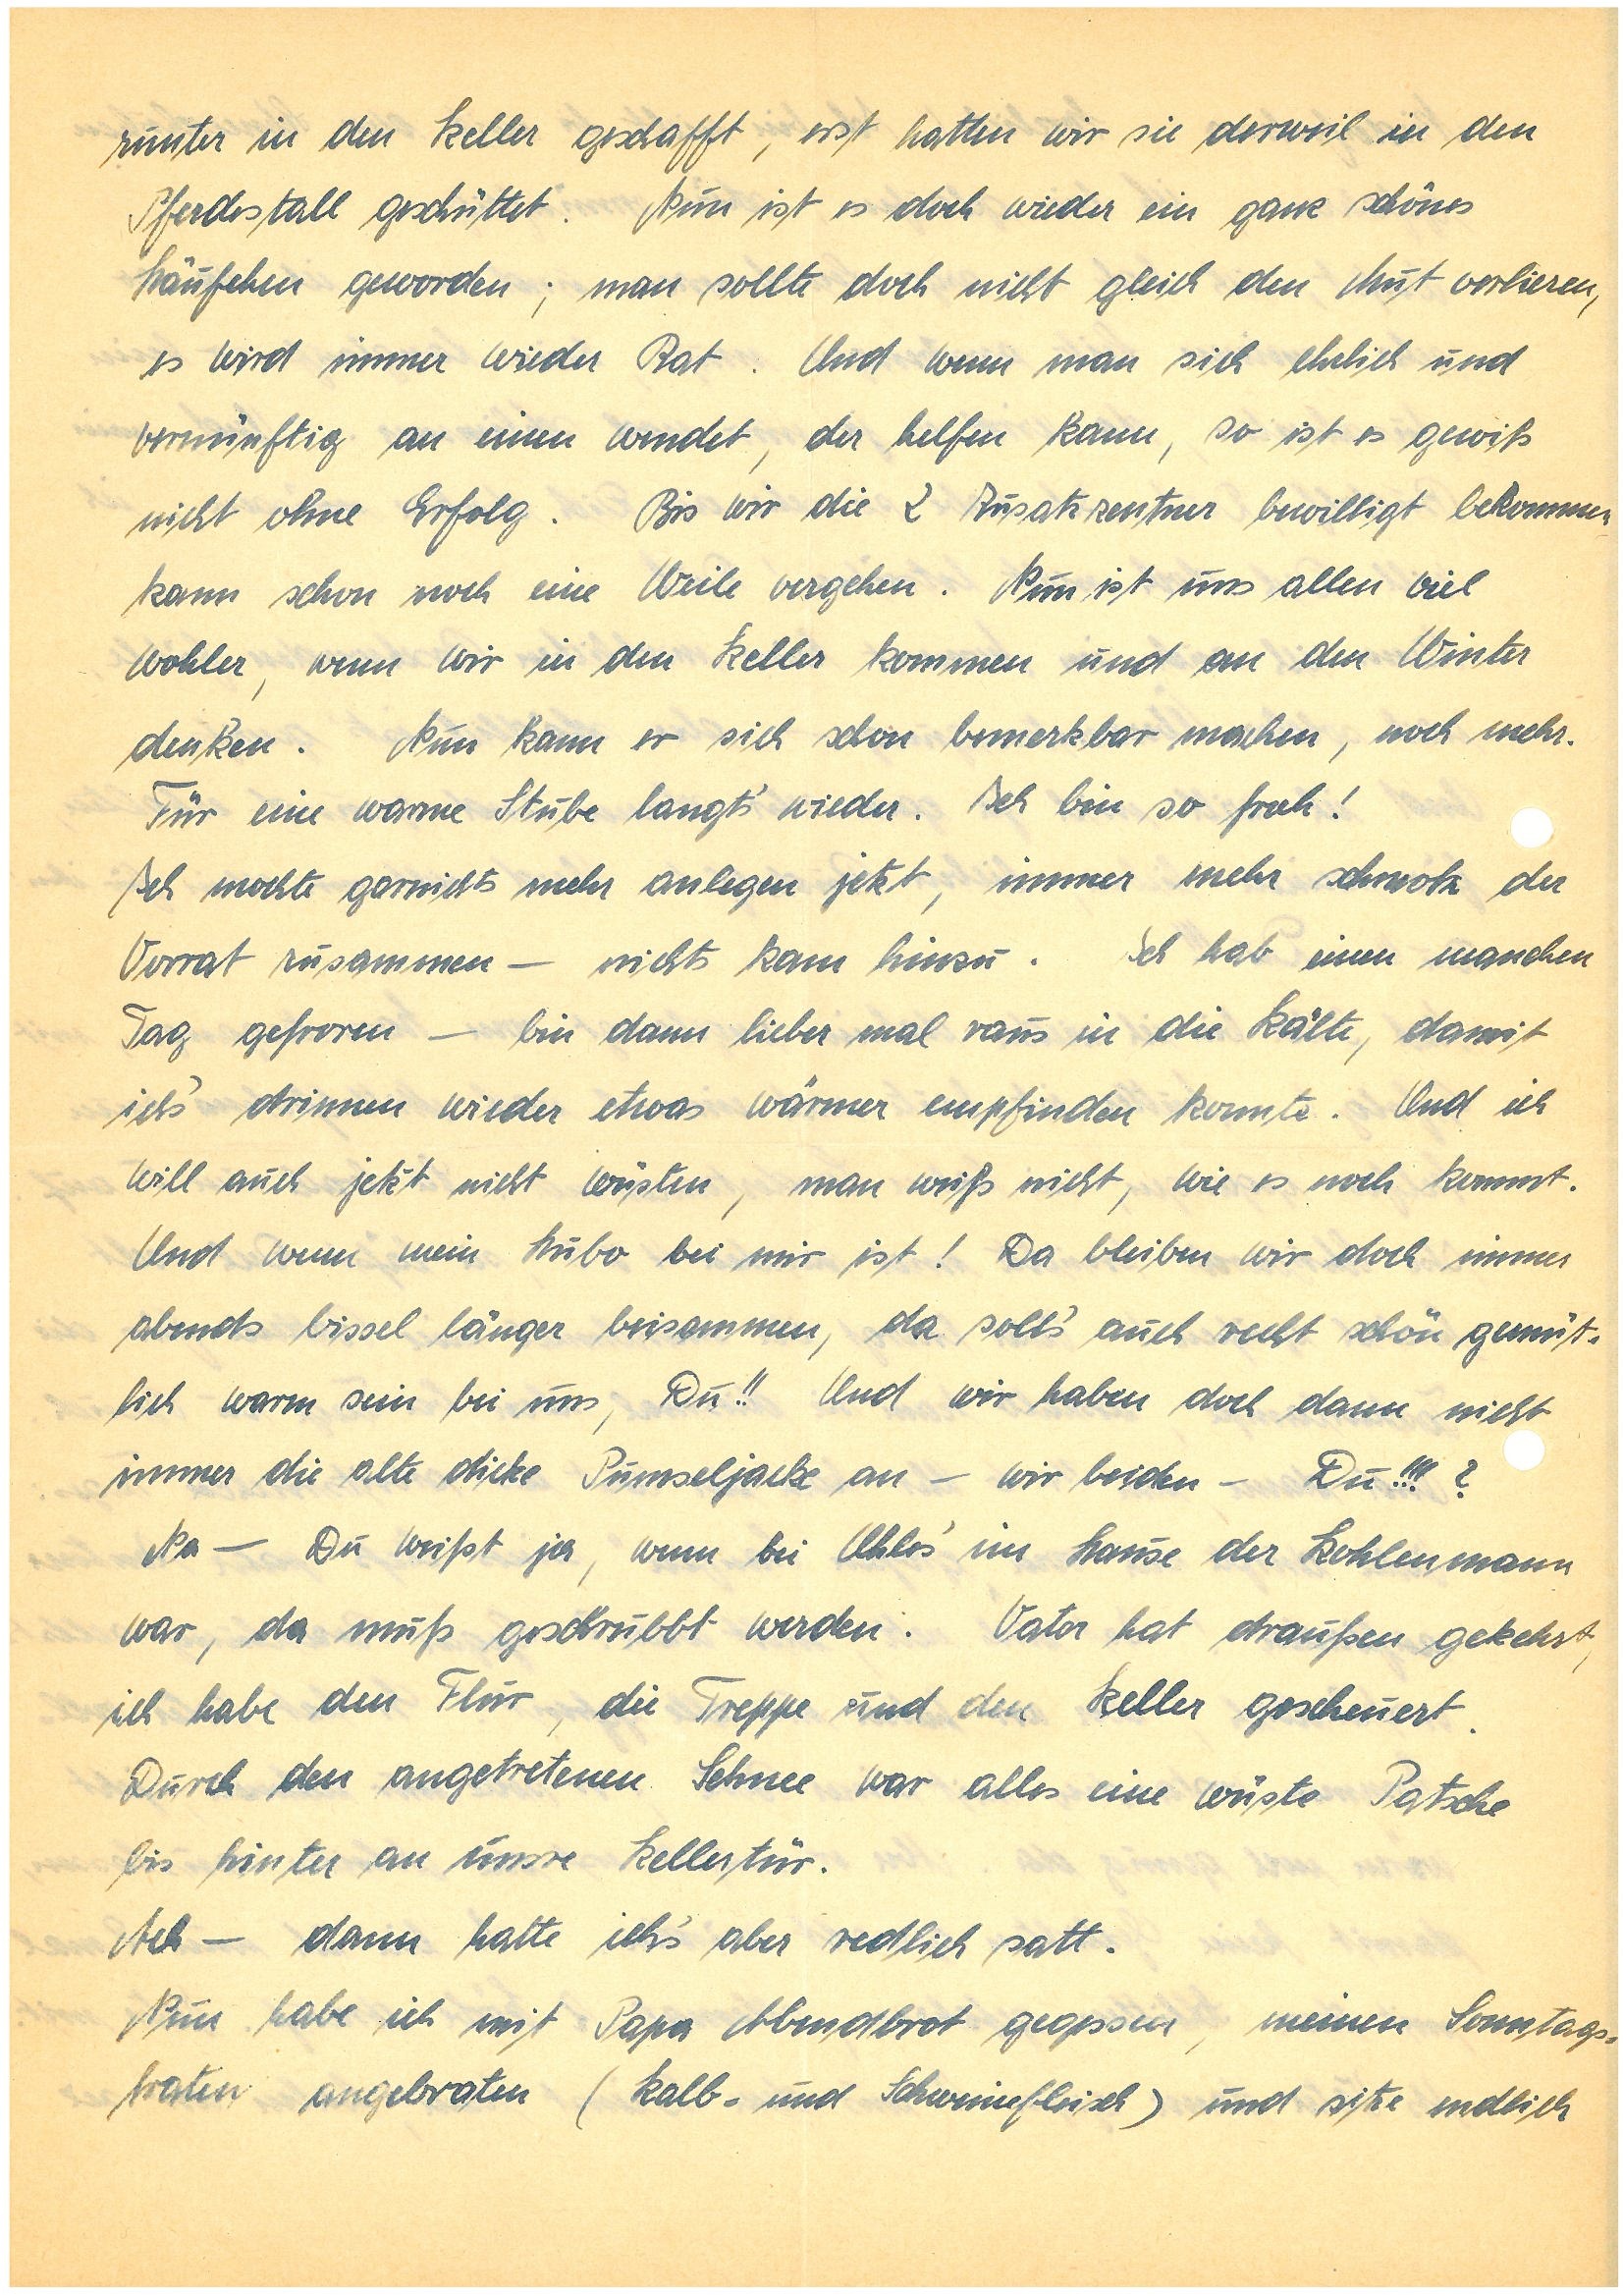
runter in den Keller geschafft, erst hatten wir sie derweil in den
Pferdestall geschüttet. Nun ist es doch wieder ein ganz schönes
Häufchen geworden; man sollte doch nicht gleich den Mut verlieren,
es wird immer wieder Rat. Und wenn man sich ehrlich und
vernünftig an einen wendet, der helfen kann, so ist es gewiß
nicht ohne Erfolg. Bis wir die 2 Zusatzzentner bewilligt bekommen,
kann schon noch eine Weile vergehen. Nun ist uns allen viel
wohler, wenn wir in den Keller kommen und an den Winter
denken. Nun kann er sich schon bemerkbar machen, noch mehr.
Für eine warme Stube langt’s wieder. Ich bin so froh!
Ich mochte garnichts mehr anlegen jetzt, immer mehr schmolz der
Vorrat zusammen – nichts kam hinzu. Ich hab einen manchen
Tag gefroren – bin dann lieber mal raus in die Kälte, damit
ich’s drinnen wieder etwas wärmer empfinden konnte. Und ich
will auch jetzt nicht wüsten, man weiß nicht, wie es noch kommt.
Und wenn mein Hubo bei mir ist! Da bleiben wir doch immer
abends bissel länger beisammen, da soll’s auch recht schön gemüt¬
lich warm sein bei uns, Du!! Und wir haben doch dann nicht
immer die alte dicke Pumseljacke an – wir beiden – Du!!!?
Na – Du weißt ja, wenn bei U.’s im Hause der Kohlenmann
war, da muß geschrubbt werden. Vater hat draußen gekehrt,
ich habe den Flur, die Treppe und den Keller gescheuert.
Durch den angetretenen Schnee war alles eine wüste Patsche
bis hinter an unsere Kellertür.
Ach – dann hatte ich’s aber redlich satt.
Nun habe ich mit Papa Abendbrot gegessen, meinen Sonntags¬
braten angebraten (Kalb – und Schweinefleisch) und sitze endlich